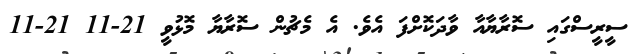
ސީރީސްގައި ސޮރާޔާއާ ވާދަކޮށްފަ އެވެ. އެ މެޗުން ސޮރާޔާ މޮޅުވީ 21-11 21-11